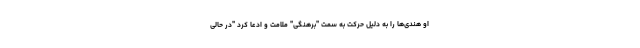
او هندی‌ها را به دلیل حرکت به سمت "برهنگی" ملامت و ادعا کرد "در حالی